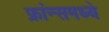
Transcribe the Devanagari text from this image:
फ्रांन्समध्ये